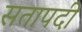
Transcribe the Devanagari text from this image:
सतापदी